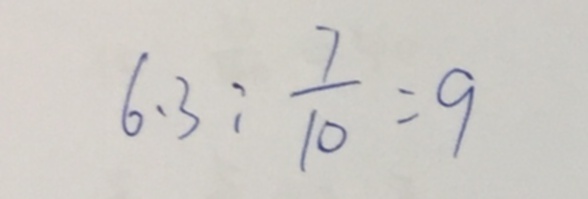
6 . 3 : \frac { 7 } { 1 0 } = 9